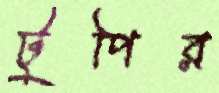
টুপির